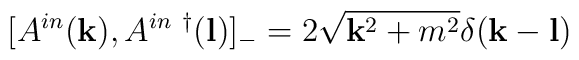
[A^{in}({\bf k}), A^{in~\dagger}({\bf l})]_-=2\sqrt{{\bf k}^2+m^2}\delta({\bf k}-{\bf l})